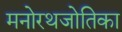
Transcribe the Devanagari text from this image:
मनोरथजोतिका